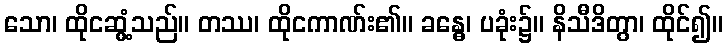
သော၊ ထိုငဆွံ့သည်။ တဿ၊ ထိုငကာဏ်း၏။ ခန္ဓေ၊ ပခုံး၌။ နိသီဒိတွာ၊ ထိုင်၍။